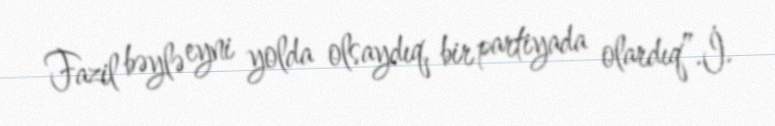
Fazil bəylə eyni yolda olsaydıq, bir partiyada olardıq”.İ.